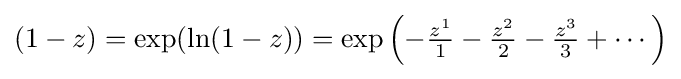
(1-z)=\exp(\ln(1-z))=\exp \left(-{\tfrac {z^{1}}{1}}-{\tfrac {z^{2}}{2}}-{\tfrac {z^{3}}{3}}+\cdots \right)